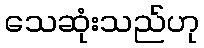
သေဆုံးသည်ဟု